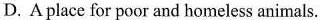
D.A place for poor and homeless animals.